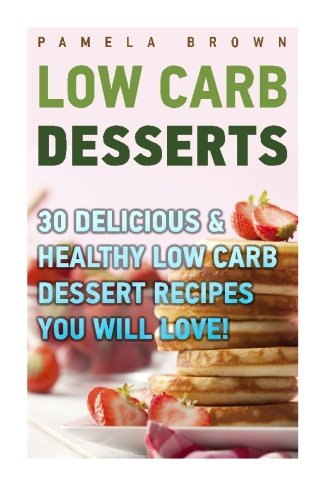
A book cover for Low Carb Desserts: 30 Delicious & Healthy Low Carb Dessert Recipes You Will Love!: (low carbohydrate, high protein, low carbohydrate foods, low carb, ... Diet to Overcome Belly Fat) (Volume 1); Pamela Brown; Cookbooks, Food & Wine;